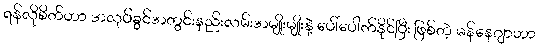
ရန်လိုစိတ်ဟာ အလုပ်ခွင်အတွင်းနည်းလမ်းအမျိုးမျိုးနဲ့ ပေါ်ပေါက်နိုင်ပြီး ဖြစ်တဲ့ မန်နေဂျာဟာ